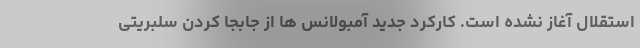
استقلال آغاز نشده است. کارکرد جدید آمبولانس ها از جابجا کردن سلبریتی